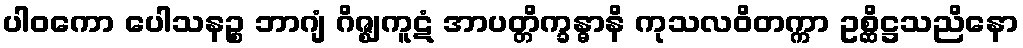
ပါဝကော ပေါသနဉ္စ ဘာဂျံ ဂိဇ္ဈကူဋံ အာပတ္တိက္ခန္ဓာနိ ကုသလဝိတက္ကာ ဥစ္ဆိဋ္ဌသညိနော